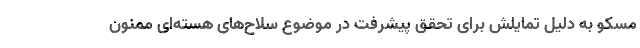
مسکو به دلیل تمایلش برای تحقق پیشرفت در موضوع سلاح‌های هسته‌ای ممنون